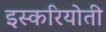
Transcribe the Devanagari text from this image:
इस्करियोती